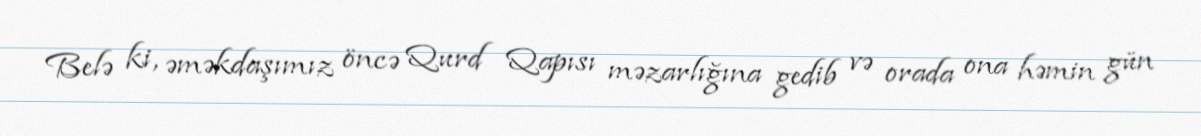
Belə ki, əməkdaşımız öncə Qurd Qapısı məzarlığına gedib və orada ona həmin gün